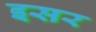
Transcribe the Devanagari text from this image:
इसर